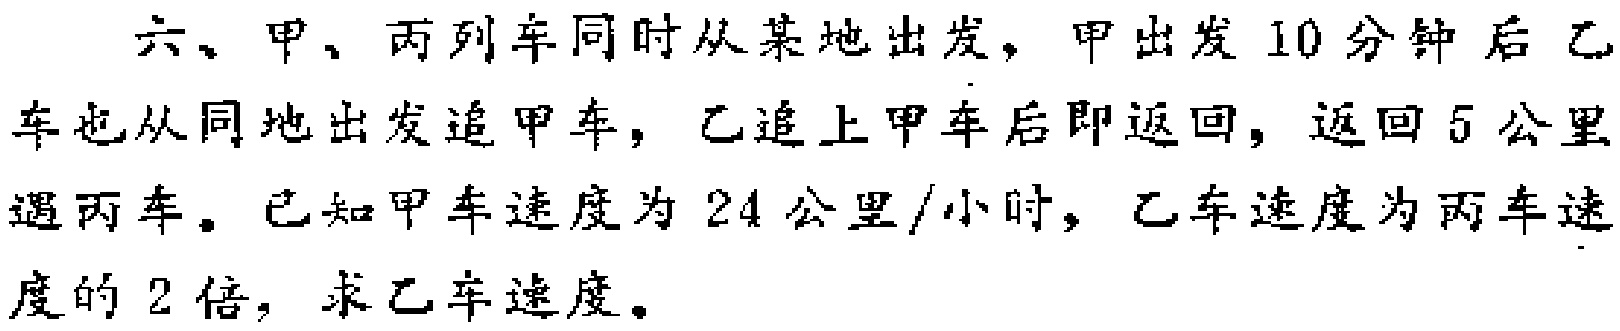
六、甲、丙列车同时从某地出发，甲出发10分钟后乙车也从同地出发追甲车，乙追上甲车后即返回，返回5公里遇丙车。已知甲车速度为24公里/小时，乙车速度为丙车速度的2倍，求乙车速度。